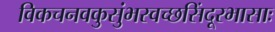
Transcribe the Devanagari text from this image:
विकचनवकुसुंभस्वच्छसिंदूरभासाः